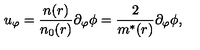
u _ { \varphi } = \frac { n ( r ) } { n _ { 0 } ( r ) } \partial _ { \varphi } \phi = \frac 2 { m ^ { * } ( r ) } \partial _ { \varphi } \phi ,